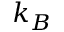
k _ { B }